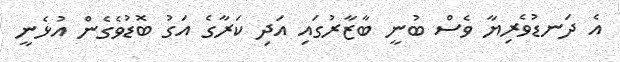
އެ ދަނޑުވެރިޔާ ވެސް ބުނީ ބާޒާރުގައި އަދި ކަރާގެ އަގު ބޮޑުވެގެން އުޅެނީ